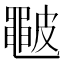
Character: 𥀩